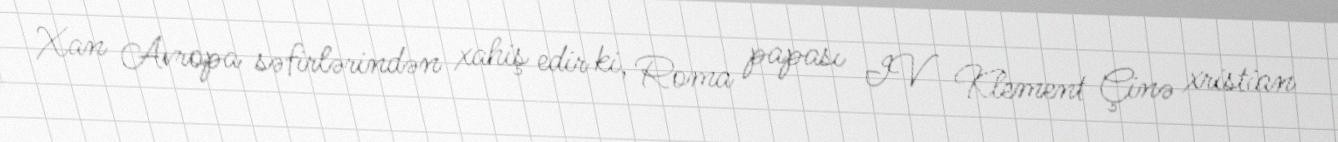
Xan Avropa səfirlərindən xahiş edir ki, Roma papası IV Klement Çinə xristian